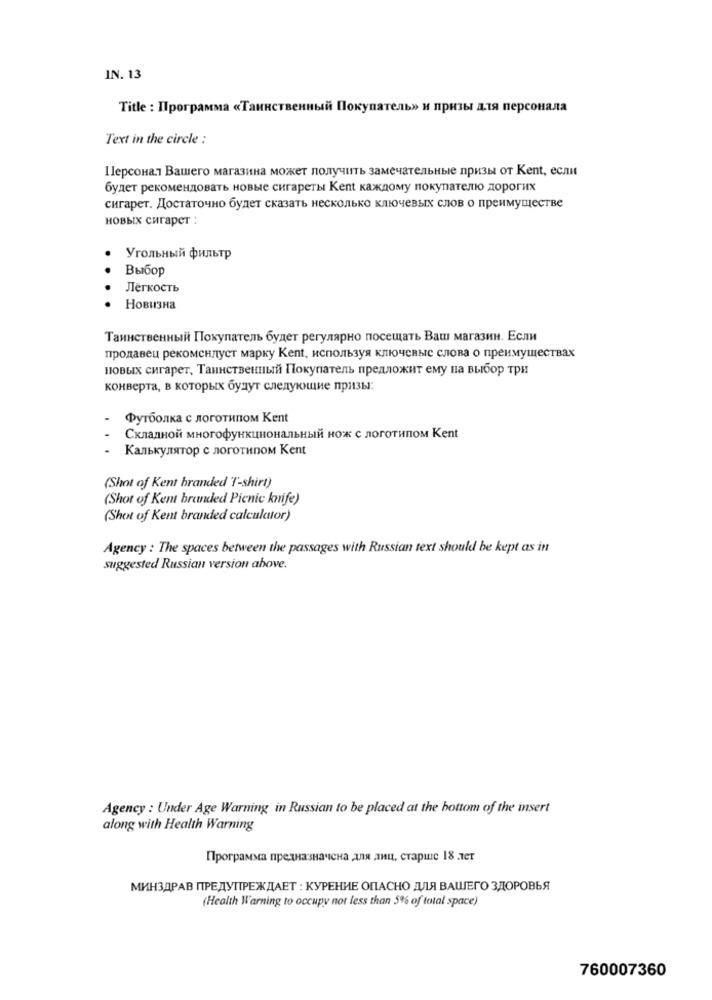
IN. 13
Title : Программа «Таинственный Покупатель» и призы для персонала
Text in the circle :
Персонал Вашего магазина может получить замечательные призы от Kent, если
будет рекомендовать новые сигареты Kent каждому покупателю дорогих
сигарет. Достаточно будет сказать несколько ключевых слов о преимуществе
новых сигарет :
Угольный фильтр
Выбор
Лёгкость
Новизна
Таинственный Покупатель будет регулярно посещать Ваш магазин. Если
продавец рекоменлуст марку Kent, используя ключевые слова о преимуществах
новых сигарет, Таинственный Покупатель предложит ему на выбор три
конверта, в которых будут следующие призы:
Футболка с логотипом Kent
Складной многофункциональный нож с логотипом Kent
Калькулятор с логотипом Kent
(Shot of Kent branded 'T-shirt)
(Shot of Kent branded Picnic knife)
(Shot of Kent branded calculator)
Agency : The spaces between the passages with Russian text should be kept as in
suggested Russian version above.
Agency : Under Age Warning in Russian to be placed at the bottom of the insert
along with Health Warning
Программа предназначена для лиц, старше 18 лет
МИНЗДРАВ ПРЕДУПРЕЖДАЕТ : КУРЕНИЕ ОПАСНО ДЛЯ ВАШЕГО ЗДОРОВЬЯ
(Health Warning to occupy not less than 5% of total space)
760007360